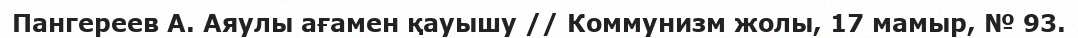
Пангереев А. Аяулы ағамен қауышу // Коммунизм жолы, 17 мамыр, № 93.